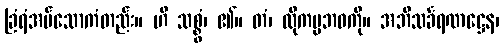
ခြံရံအပ်သောကံတည်း။ ဟိ သစ္စွံ၊ ၏။ တံ၊ ထိုကမ္မဘဝကို။ အဘိသင်္ခရဏဋ္ဌေန၊